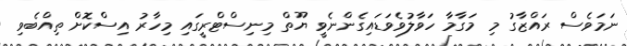
ނަމަވެސް ރައްޒާގު މި މަގާމާ ހަވާލުވެވަޑައިގެންނެވީ ޔޫތް މިނިސްޓްރީގައި މިހާރު އިސްކޮށް ތިއްބެވި